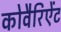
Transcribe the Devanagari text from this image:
कोवैरिऐंट